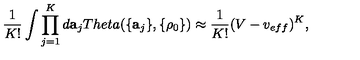
\frac { 1 } { K ! } \int \prod _ { j = 1 } ^ { K } d { \bf a } _ { j } T h e t a ( \{ { \bf a } _ { j } \} , \{ \rho _ { 0 } \} ) \approx \frac { 1 } { K ! } ( V - v _ { e f f } ) ^ { K } ,